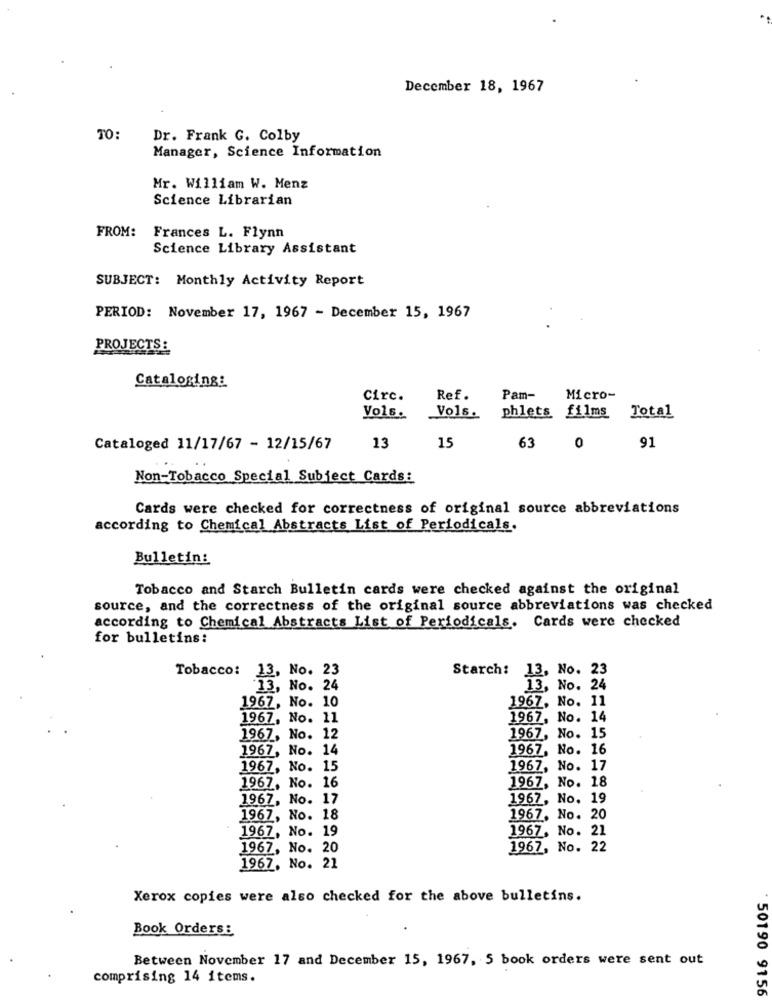
December 18, 1967
TO:
Dr. Frank G. Colby
Manager, Science Information
Mr. William W. Menz
Science Librarian
FROM:
Frances L. Flynn
Science Library Assistant
SUBJECT: Monthly Activity Report
PERIOD: November 17, 1967 - December 15, 1967
PROJECTS:
Cataloging:
Circ.
Ref.
Pam-
Micro-
phlets films
Total
Vols.
Vols.
13
Cataloged 11/17/67 - 12/15/67
15
63
0
91
Non-Tobacco Special Subject Cards:
Cards were checked for correctness of original source abbreviations
according to Chemical Abstracts List of Periodicals.
Bulletin:
Tobacco and Starch Bulletin cards were checked against the original
source, and the correctness of the original source abbreviations was checked
according to Chemical Abstracts List of Periodicals. Cards were checked
for bulletins:
Tobacco:
13, No. 23
Starch:
13, No. 23
13, No. 24
13, No. 24
1967, No. 10
1967, No. 11
1967, No. 11
1967, No. 14
1967, No. 12
1967, No. 15
1967, No. 14
1967, No. 16
1967, No. 15
1967, No. 17
1967, No. 18
1967, No. 16
1967,
No. 17
1967, No. 19
1967,
No. 18
1967, No. 20
1967, No. 19
1967, No. 21
1967, No. 20
1967, No. 22
1967, No. 21
Xerox copies were also checked for the above bulletins.
Book Orders:
Between November 17 and December 15, 1967, 5 book orders were sent out
comprising 14 items.
50190 9156